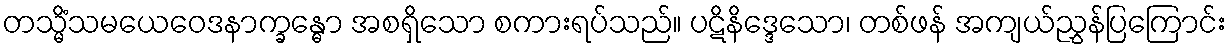
တသ္မိံသမယေဝေဒနာက္ခန္ဓော အစရှိသော စကားရပ်သည်။ ပဋိနိဒ္ဒေသော၊ တစ်ဖန် အကျယ်ညွှန်ပြကြောင်း